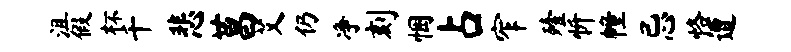
沮假杯千悲莒艾仍净刻悃占窄殪忻幢忌恪遭